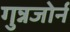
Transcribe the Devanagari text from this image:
गुन्नजोर्न